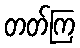
တတ်ကြ